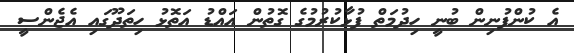
އެ ކުންފުނިން ބުނީ ހިދުމަތް ފުޅާކުރުމުގެ ގޮތުން އައްޑު އަތޮޅު ހިތަދޫގައި އެޖެންސީ